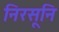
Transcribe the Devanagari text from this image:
निरसूनि